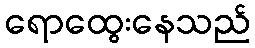
ရောထွေးနေသည်